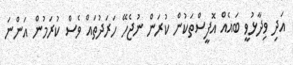
އަދި ވިދާޅުވީ ބައެއް އޮފީސްތަކުން ކުރަން ނުޖެހޭ ހަރަދުތައް ވެސް ކުރަމުން އަންނަ